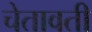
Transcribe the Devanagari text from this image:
चेतावती